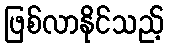
ဖြစ်လာနိုင်သည့်